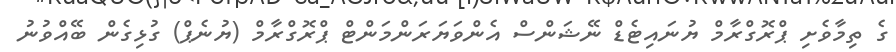
ގެ ތިމާވެށި ޕްރޮގްރާމް ޔުނައިޓެޑް ނޭޝަންސް އެންވަޔަރަންމަންޓް ޕްރޮގްރާމް (ޔުނެޕް) ގުޅިގެން ބޭއްވުނު